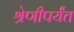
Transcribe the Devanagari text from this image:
श्रेणीपर्यंत